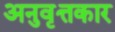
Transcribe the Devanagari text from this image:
अनुवृत्तकार